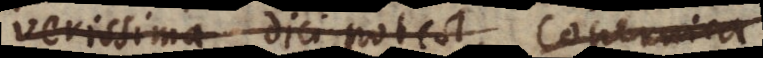
verissima dici potest, Copernica